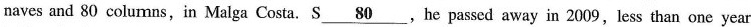
naves and 80 columns, in Malga Costa. S \underline{80},he passed away in 2009,less than one year